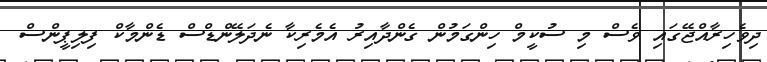
ދިވެހިރާއްޖޭގައި ވެސް މި ސުކީމް ހިންގަމުން ގެންދާއިރު އެމެރިކާ ނެދަލޭންޑްސް ޑެންމާކް ފިލިޕީންސް